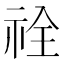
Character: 𮁵